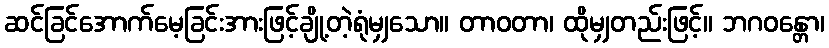
ဆင်ခြင်အောက်မေ့ခြင်းအားဖြင့်ချို့တဲ့ရုံမျှသော။ တာဝတာ၊ ထိုမျှတည်းဖြင့်။ ဘဂဝန္တော၊